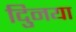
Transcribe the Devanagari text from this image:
दुिनया